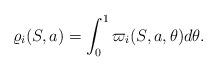
LaTeX: \begin{align*}\varrho_i(S,a) = \int_0^1 \varpi_i(S,a,\theta) d \theta.\end{align*}